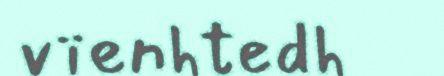
vïenhtedh